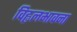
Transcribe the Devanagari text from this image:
विह्वलभावना